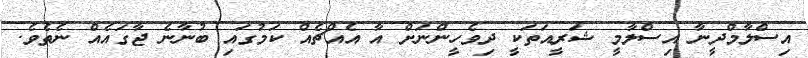
އިސްލާމްދީނާ އިސްލާމީ ޝަރީއަތަކީ ދިވެހީންނަށް އާ އެއްޗެއް ކަމުގައި ބުނާނެ ޖާގައެއް ނެތެވެ.